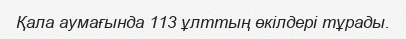
Қала аумағында 113 ұлттың өкілдері тұрады.